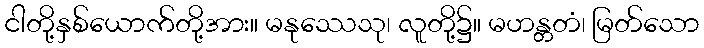
ငါတို့နှစ်ယောက်တို့အား။ မနုဿေသု၊ လူတို့၌။ မဟန္တတံ၊ မြတ်သော